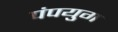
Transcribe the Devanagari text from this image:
पंपयुग